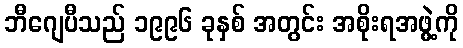
ဘီဂျေပီသည် ၁၉၉၆ ခုနှစ် အတွင်း အစိုးရအဖွဲ့ကို